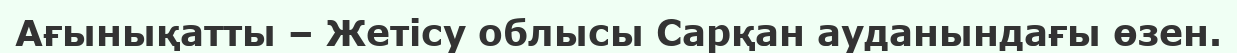
Ағынықатты – Жетісу облысы Сарқан ауданындағы өзен.